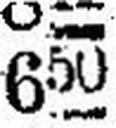
650